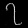
Digit: ၇